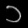
Digit: ၁